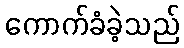
ကောက်ခံခဲ့သည်